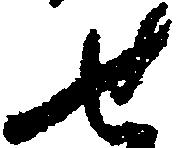
せ